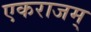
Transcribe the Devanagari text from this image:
एकराजम्